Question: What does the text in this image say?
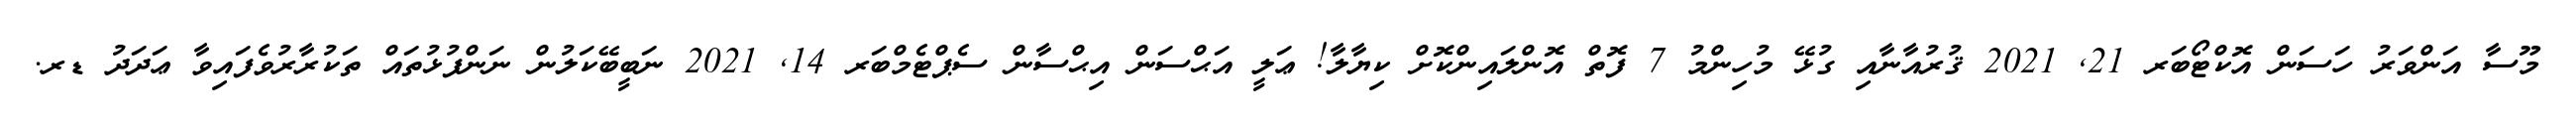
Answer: މޫސާ އަންވަރު ހަސަން އޮކްޓޯބަރ 21, 2021 ޤުރުއާނާއި ގުޅޭ މުހިންމު 7 ފޮތް އޮންލައިންކޮށް ކިޔާލާ! ޢަލީ އަޙްސަން އިޙްސާން ސެޕްޓެމްބަރ 14, 2021 ނަބީބޭކަލުން ނަންފުޅުތައް ތަކުރާރުވެފައިވާ ޢަދަދު ޑރ.